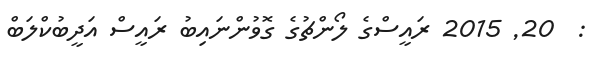
:  20